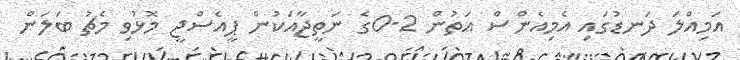
އަމިއްލަ ދަނޑުގައި އެމިއެންސް އަތުން 2-0ގެ ނަތީޖާއަކުން ޕީއެސްޖީ މޮޅުވި މެޗު ބަލަން